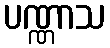
ပဏ္ဏာသ